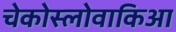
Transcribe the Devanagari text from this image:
चेकोस्लोवाकिआ